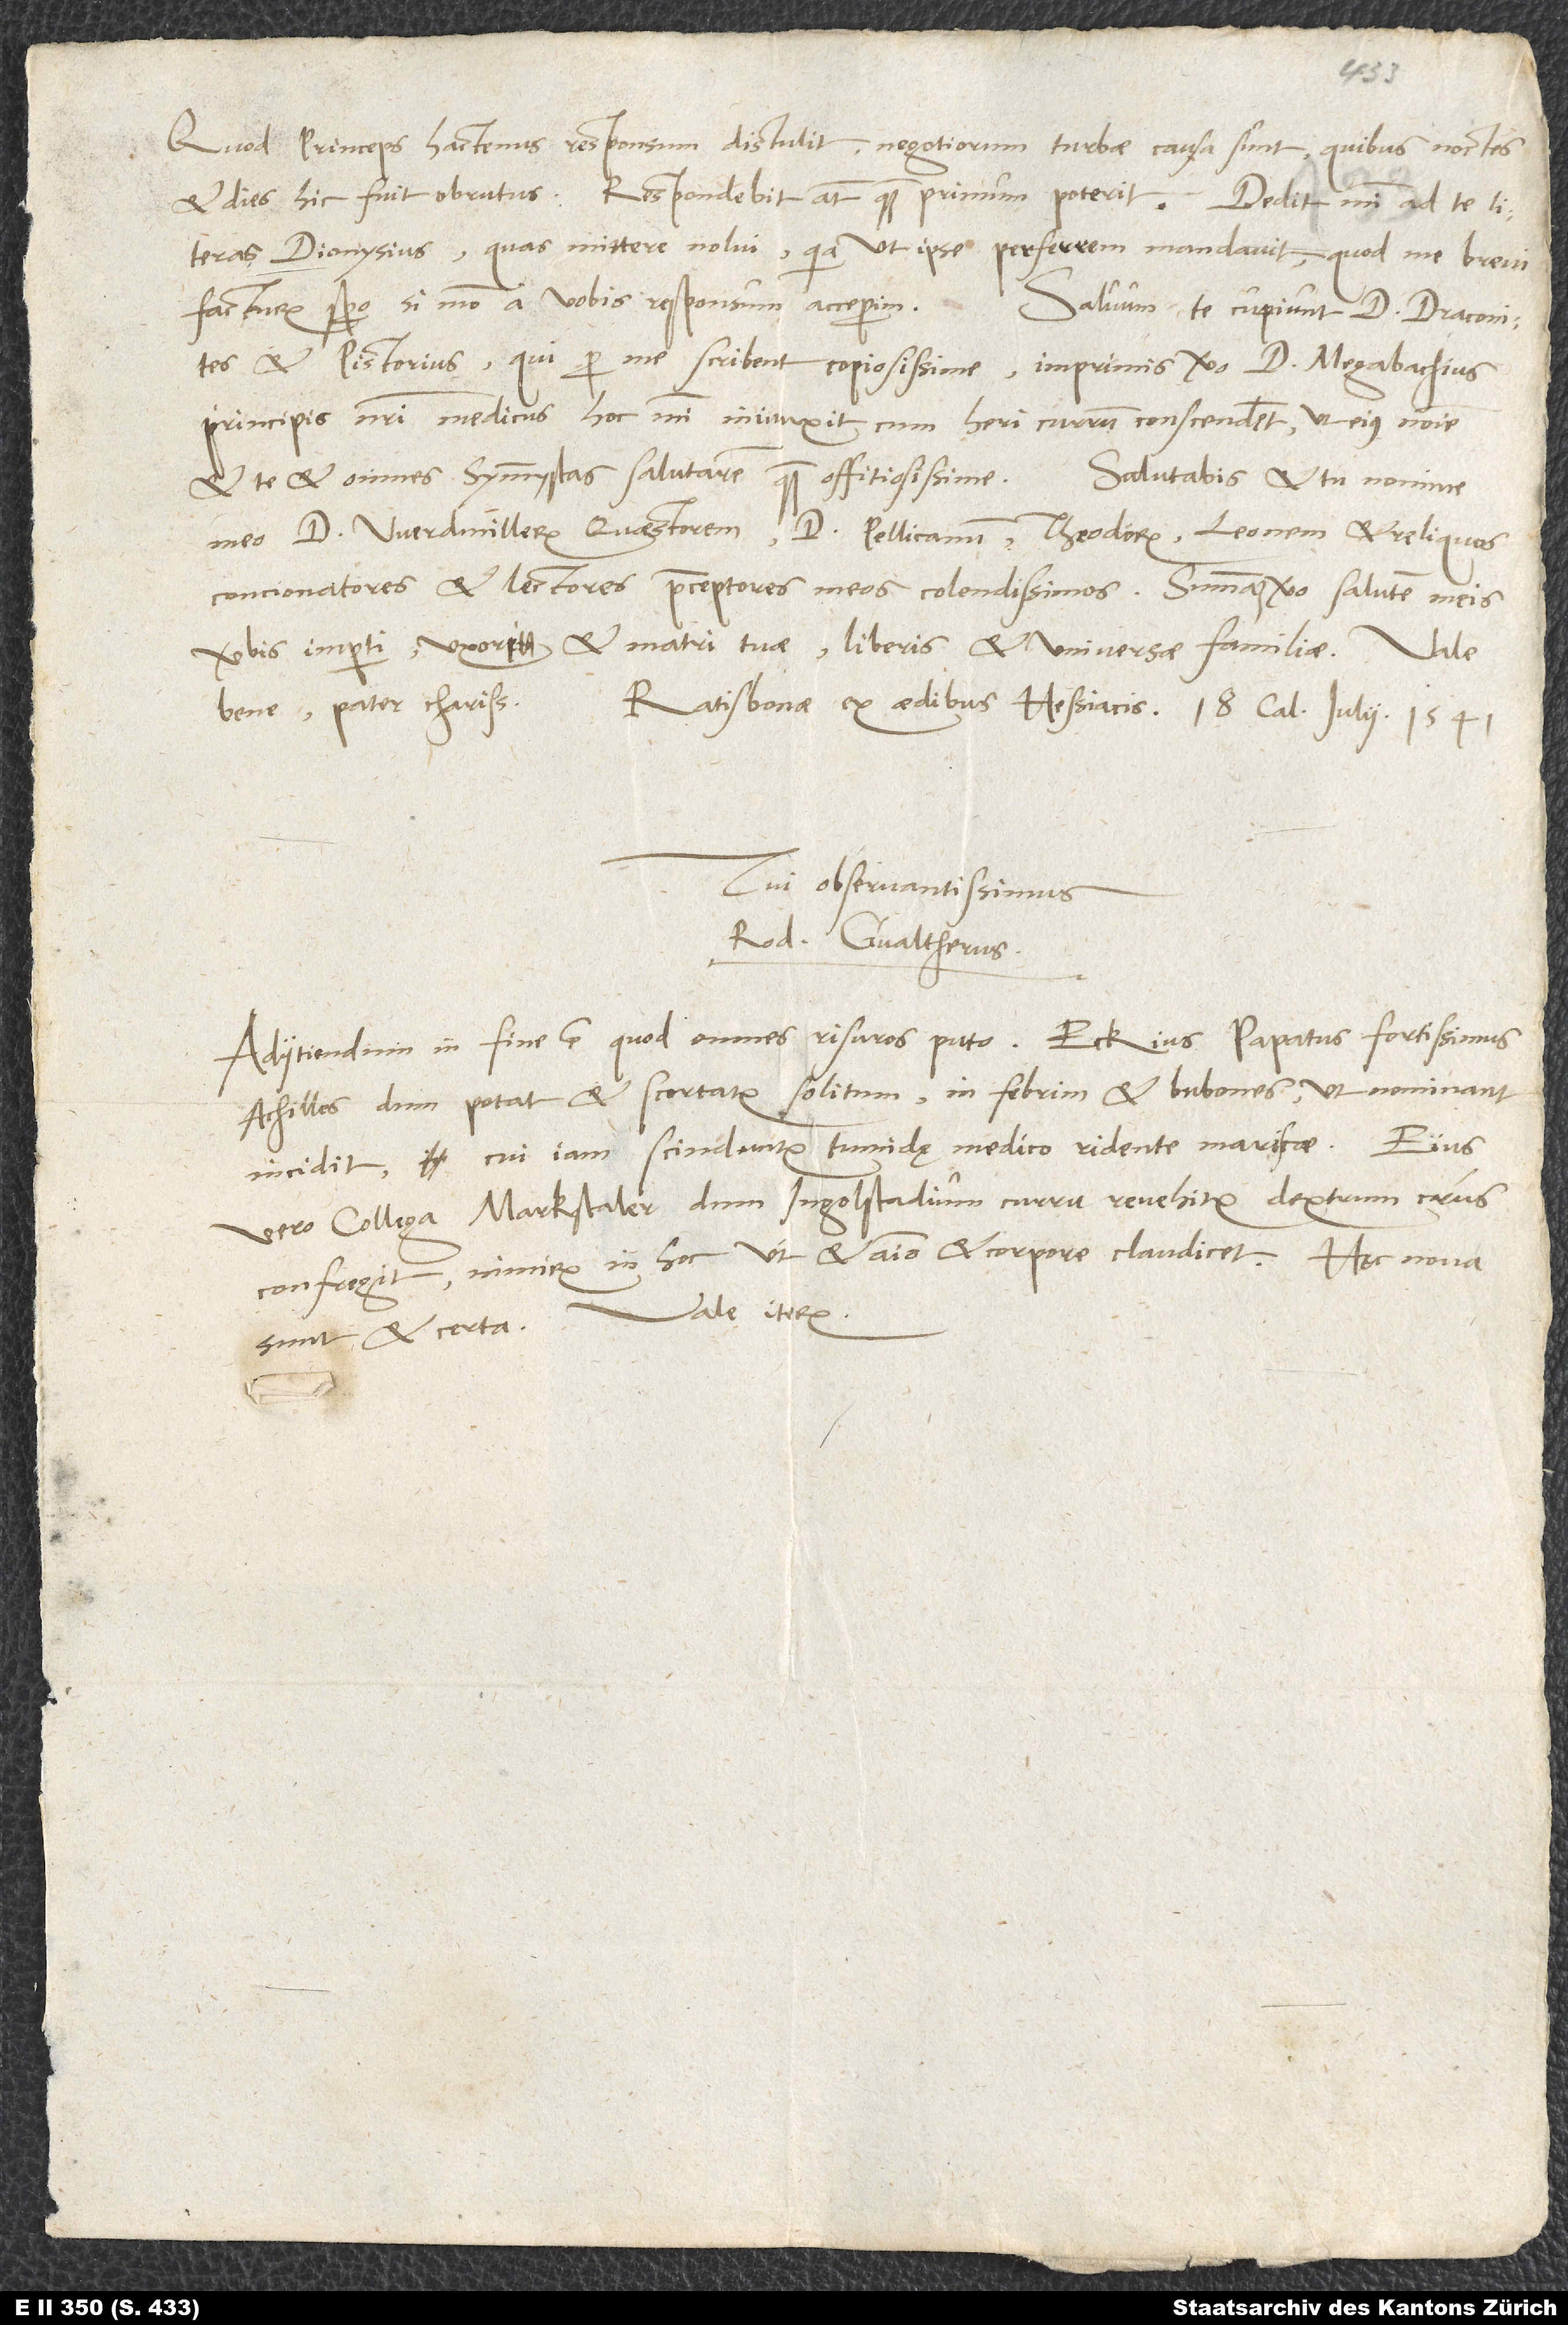
Quod princeps hactenus responsum distulit, negotiorum turbae causa sunt, quibus noctes
et dies hic fuit obrutus. Respondebit autem, quam primum poterit. Dedit mihi ad te literas
Dionysius, quas mittere nolui, quia, ut ipse perferrem, mandavit, quod me brevi
facturum spero, si modo a vobis responsum acceperim.
Salvum te cupiunt d. Draconites
et Pistorius, qui per me scribent copiosissime; imprimis vero d. Megabachius,
principis nostri medicus, hoc mihi iniunxit, cum heri currum conscenderet, ut eius nomine
et te et omnes symmystas salutarem quam offitiosissime. Salutabis et tu nomine
meo d. Werdmillerum quaestorem, d. Pellicanum, Theodorum, Leonem et reliquos
concionatores et lectores, praeceptores meos colendissimos. Summam vero salutem meis
verbis imperti uxori et matri tuae, liberis et universae familiae. Vale
bene, pater charissime.
Ratisbonae, ex aedibus Hessiacis, 18. calendas iulii 1541.
Tui observantissimus
Rod. Gvaltherus.
Adiiciendum in fine est, quod omnes risuros puto: Eckius, papatus fortissimus
Achilles, dum potat et scortatur solitum, in febrim et bubones, ut nominant,
incidit, cui iam scinduntur tumidę medico ridente mariscae. Eius
vero collega Markstaler dum Ingolstadium curru revehitur, dextrum crus
confregit, nimirum in hoc, ut et animo et corpore claudicet. Hęc nova